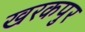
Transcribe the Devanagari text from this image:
खरकपुर